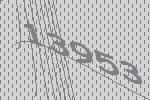
13953